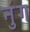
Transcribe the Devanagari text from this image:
नुंग